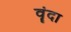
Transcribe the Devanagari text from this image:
वॄंदा